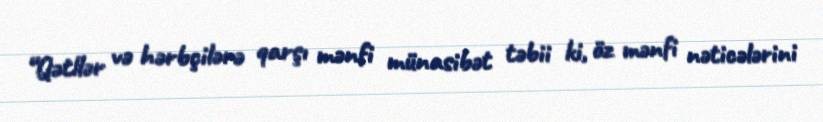
“Qətllər və hərbçilərə qarşı mənfi münasibət təbii ki, öz mənfi nəticələrini